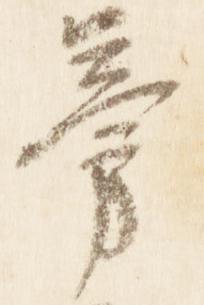
旁